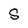
Character: S